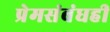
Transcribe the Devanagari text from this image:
प्रेमसंबंधही